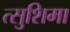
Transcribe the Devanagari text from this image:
त्सुशिमा